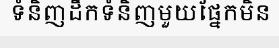
ទំនិញដឹកទំនិញមួយផ្នែកមិន